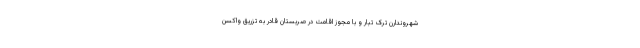
شهروندارن ترک تبار و با مجوز اقامت در صربستان قادر به تزریق واکسن